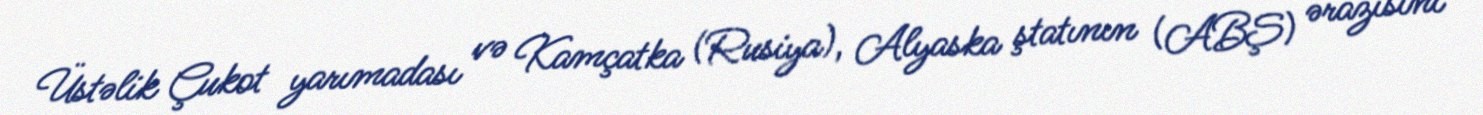
Üstəlik Çukot yarımadası və Kamçatka (Rusiya), Alyaska ştatının (ABŞ) ərazisini